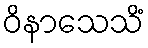
ဝိနာသေသိံ